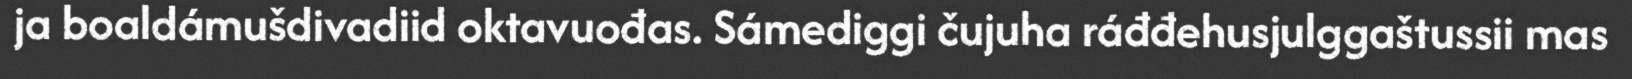
ja boaldámušdivadiid oktavuođas. Sámediggi čujuha ráđđehusjulggaštussii mas